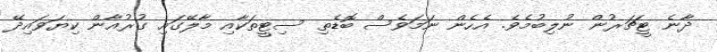
ދާނެ ޓީޗަރުން ނުލިބުމެވެ. އެެހެން ނަމަވެސް ބޮޑެތި ސިޓީތަކާއި މާލޭގައި ގުރުއާން ކިޔަވައިދޭ